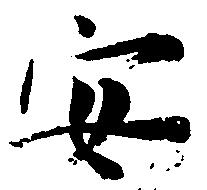
安